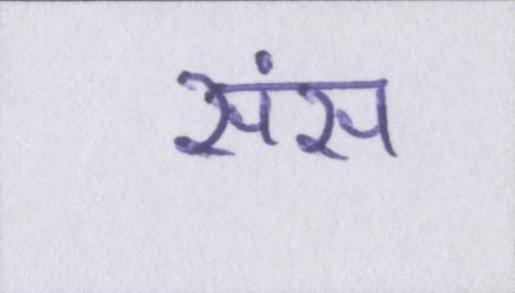
संस